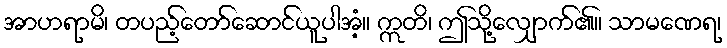
အာဟရာမိ၊ တပည့်တော်ဆောင်ယူပါအံ့။ ဣတိ၊ ဤသို့လျှောက်၏။ သာမဏေရ၊